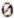
0